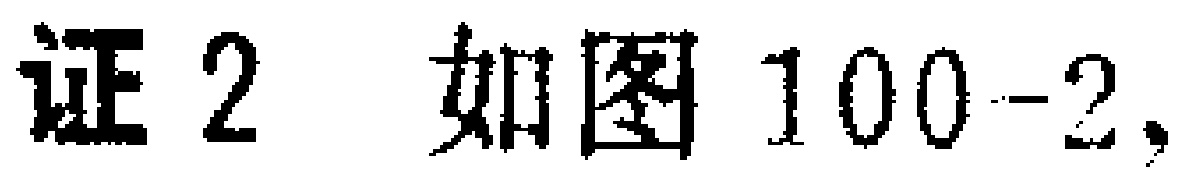
证2 如图100-2,